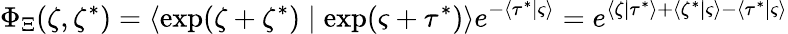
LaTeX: \Phi_{\Xi}(\zeta,\zeta^{*})=\left\langle\exp(\zeta+\zeta^{*})\mid\exp(\varsigma+\tau^{*})\right\rangle e^{-\left\langle\tau^{*}\mid\varsigma\right\rangle}=e^{\left\langle\zeta\mid\tau^{*}\right\rangle+\left\langle\zeta^{*}\mid\varsigma\right\rangle-\left\langle\tau^{*}\mid\varsigma\right\rangle}